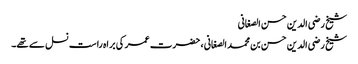
شیخ رضی الدین حسن الصغانی
شیخ رضی الدین حسن بن محمد الصغانی ، حضرت عمر کی براہ راست نسل سے تھے۔